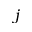
j